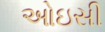
ઓઇસી